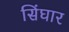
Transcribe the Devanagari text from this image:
सिंघार